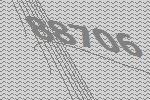
88706